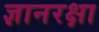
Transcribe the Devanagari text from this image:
ज्ञानरक्षा